Indian journal of veterinary science and animal husbandry - Volumes 18-21, 1948-1951
Year: 1948
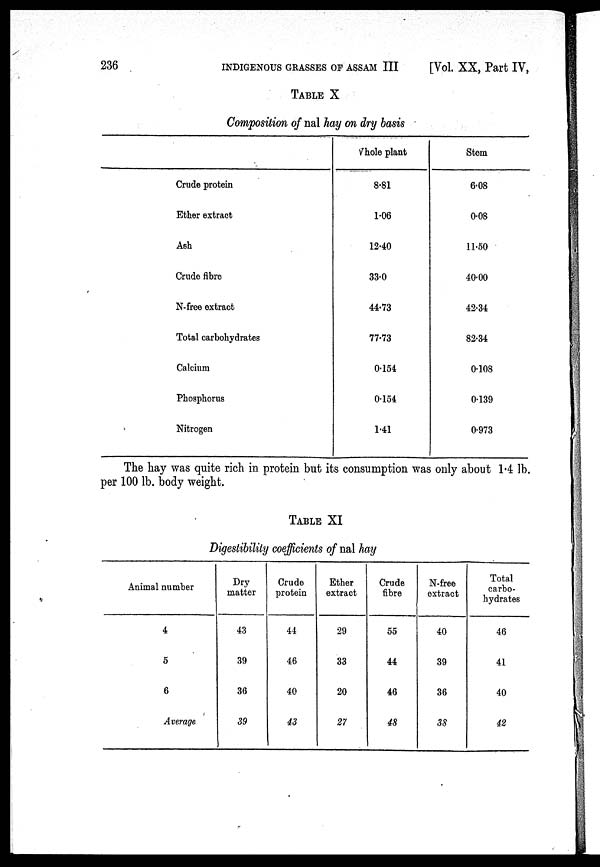
236
INDIGENOUS GRASSES OF ASSAM III
[Vol. XX, Part IV,
TABLE X
Composition of nal hay on dry basis
Crude protein
Ether extract
Ash
Crude fibre
N-free extract
Total carbohydrates
Calcium
Phosphorus
Nitrogen
Whole plant
8.81
1.06
12.40
33.0
44.73
77.73
0.154
0.154
1.41
Stem
6.08
0.08
11.50
40.00
42.34
82.34
0.108
0.139
0.973
The hay was quite rich in protein but its consumption was only about 1.4 lb.
per 100 lb. body weight.
TABLE XI
Digestibility coefficients of nal hay
Animal number
4
5
6
Average
Dry
matter
43
39
36
39
Crude
protein
44
46
40
43
Ether
extract
29
33
20
27
Crude
fibre
55
44
46
48
N-free
extract
40
39
36
38
Total
carbo-
hydrates
46
41
40
42